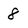
Character: 8